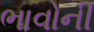
ભાવોની